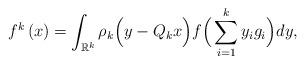
LaTeX: \begin{align*}f^{k}\left( x\right) =\int_{\mathbb{R}^{k}}\rho_{k}\Big( y-Q_{k}x\Big) f\Big( \sum_{i=1}^{k}y_{i}g_{i}\Big) dy,\end{align*}